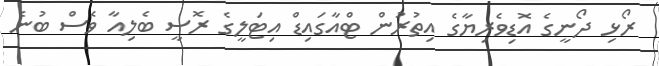
ރޯޅިި ދޯނީގެ އޮޑިވެރިޔާގެ އިތުރުން ޓްއާގައިޑް އިޓަލީގެ ރޮސީ ބެލިއާ ވެސް ބުނެ